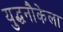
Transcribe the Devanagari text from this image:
युद्धनौकेला